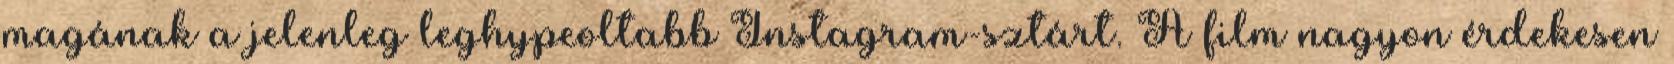
magának a jelenleg leghypeoltabb Instagram-sztárt. A film nagyon érdekesen